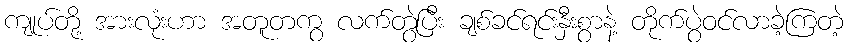
ကျုပ်တို့ အားလုံးဟာ အတူတကွ လက်တွဲပြီး ချစ်ခင်ရင်းနှီးစွာနဲ့ တိုက်ပွဲဝင်လာခဲ့ကြတဲ့